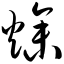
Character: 燥